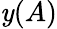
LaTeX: \mathit{y}(A)